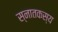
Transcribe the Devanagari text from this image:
स्नातकस्य